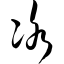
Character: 冰